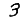
Digit: 3